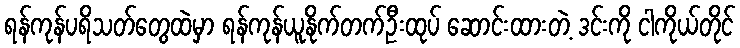
ရန်ကုန်ပရိသတ်တွေထဲမှာ ရန်ကုန်ယူနိုက်တက်ဦးထုပ် ဆောင်းထားတဲ့ ဒင်းကို ငါကိုယ်တိုင်